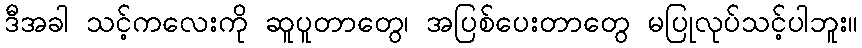
ဒီအခါ သင့်ကလေးကို ဆူပူတာတွေ၊ အပြစ်ပေးတာတွေ မပြုလုပ်သင့်ပါဘူး။